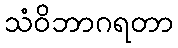
သံဝိဘာဂရတာ